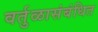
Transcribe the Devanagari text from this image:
वर्तुळासंबंधित